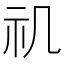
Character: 𥘌